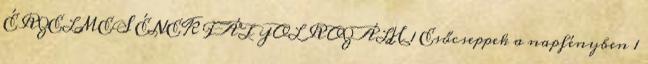
ÉRZELMES ÉNEK FÁTYOL ROZÁLH 1 Esőcseppek a napfényben 1